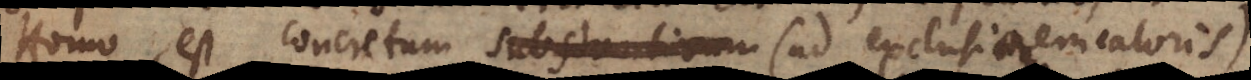
Homo, est concretum substantivum (ad exclusionem caloris)